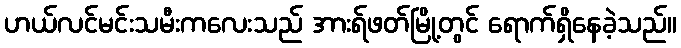
ဟယ်လင်မင်းသမီးကလေးသည် အားရ်ဖတ်မြို့တွင် ရောက်ရှိနေခဲ့သည်။